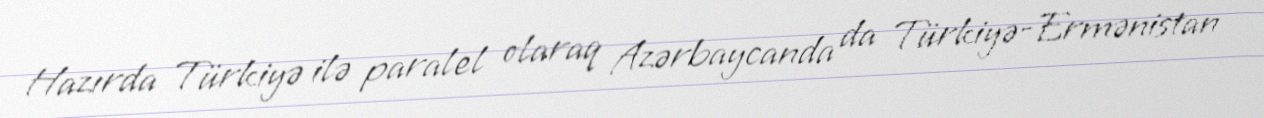
Hazırda Türkiyə ilə paralel olaraq Azərbaycanda da Türkiyə-Ermənistan